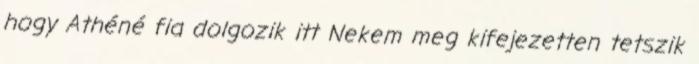
hogy Athéné fia dolgozik itt Nekem meg kifejezetten tetszik